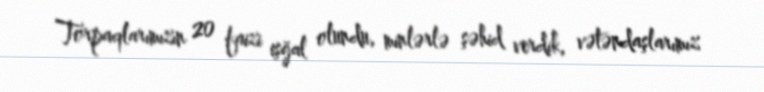
Torpaqlarımızın 20 faizi işğal olundu, minlərlə şəhid verdik, vətəndaşlarımız